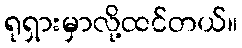
ရုရှားမှာလို့ထင်တယ်။